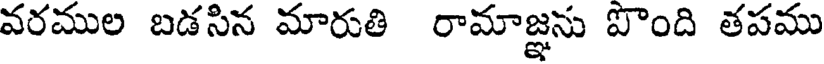
వరముల బడసిన మారుతి రామాజ్ఞను పొంది తపము